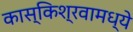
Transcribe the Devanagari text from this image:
कास्किश्रवामध्ये